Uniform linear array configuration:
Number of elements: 64
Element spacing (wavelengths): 1
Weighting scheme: blackman
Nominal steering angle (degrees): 0
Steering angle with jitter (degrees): -1.604
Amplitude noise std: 0.05
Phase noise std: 0.05

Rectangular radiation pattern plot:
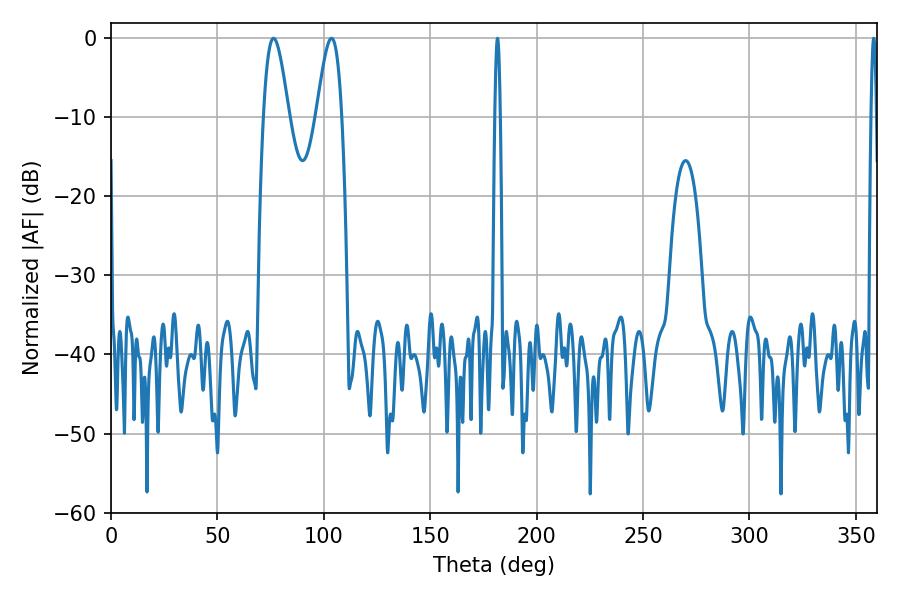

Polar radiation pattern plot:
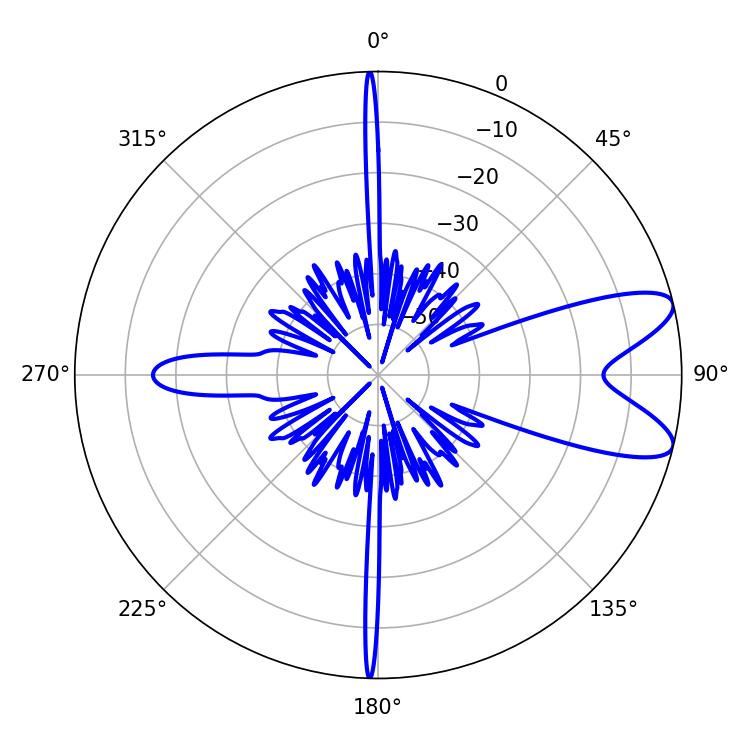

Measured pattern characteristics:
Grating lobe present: TRUE
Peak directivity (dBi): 9.214
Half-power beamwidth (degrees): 1.44
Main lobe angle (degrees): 181.62